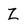
Character: Z